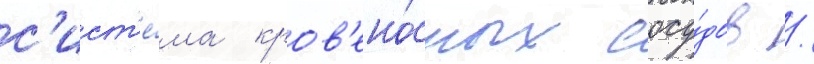
с'ист'е́ма кров'ено́сных сосу́дов /